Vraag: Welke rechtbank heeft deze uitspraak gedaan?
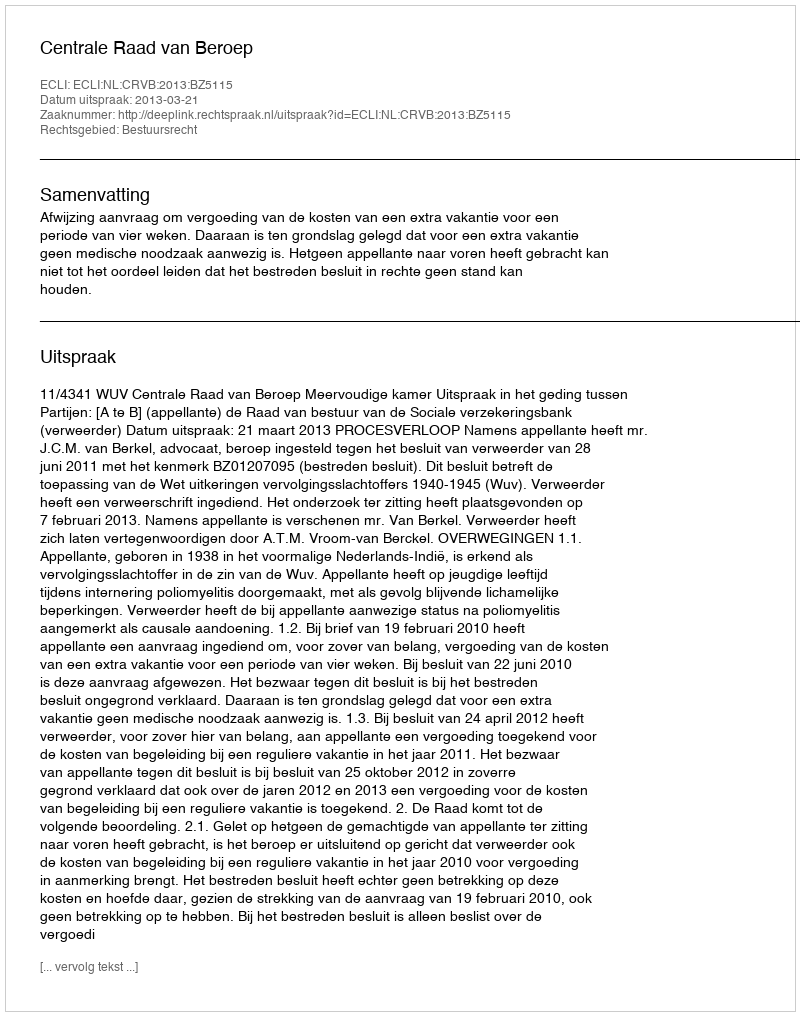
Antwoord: Centrale Raad van Beroep